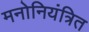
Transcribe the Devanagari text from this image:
मनोनियंत्रित